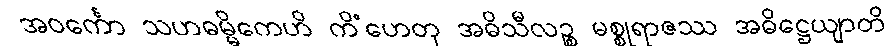
အဝင်္ကော သဟဓမ္မိကေဟိ ကိံဟေတု အဓိသီလဉ္စ မစ္စုရာဇဿ အဓိဋ္ဌေယျာတိ